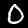
Digit: 0